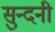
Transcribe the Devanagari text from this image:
सुन्दनी